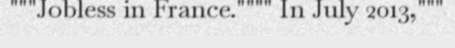
"""Jobless in France."""" In July 2013,"""